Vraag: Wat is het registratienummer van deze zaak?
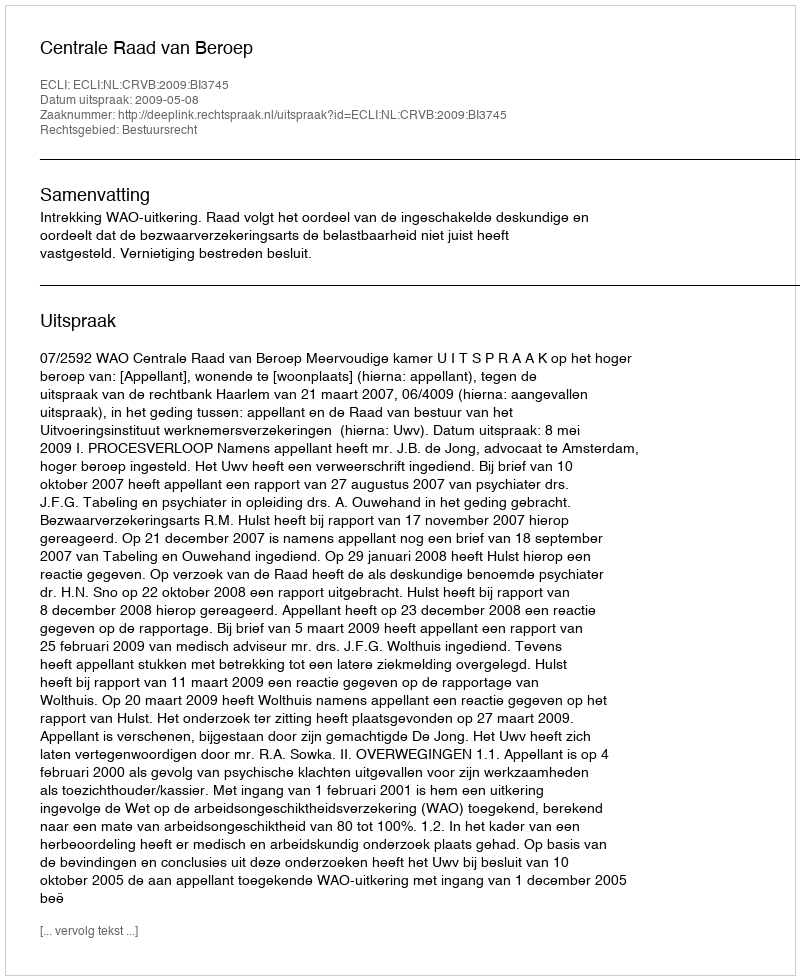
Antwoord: http://deeplink.rechtspraak.nl/uitspraak?id=ECLI:NL:CRVB:2009:BI3745